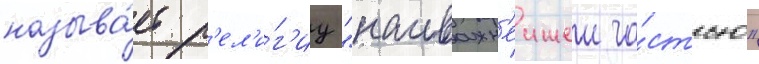
называ́ет р'ел'и́г'иу "наиважн'еишеи ча́стью"